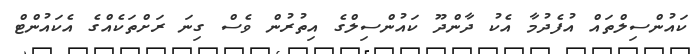
ކައުންސިލްތައް އުފެދުމާ އެކު ދާންދޫ ކައުންސިލްގެ އިތުރުން ވެސް ގިނަ ރަށްތަކެއްގެ އެކައުންޓް